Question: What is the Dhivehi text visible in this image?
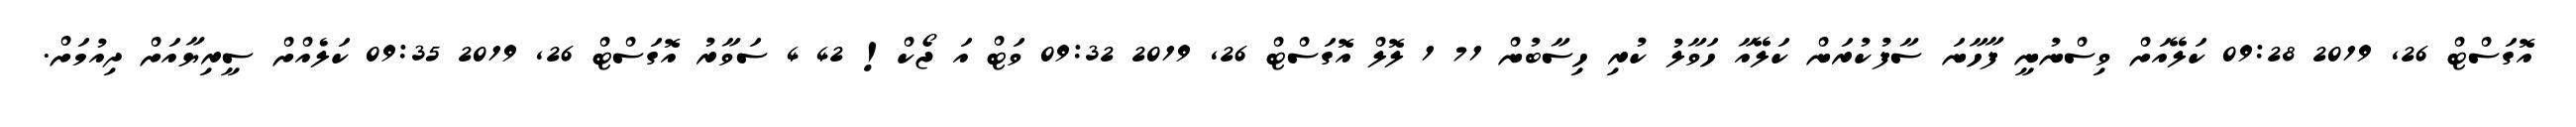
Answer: އޮގަސްޓް 26, 2019 09:28 ކަލޭއަށް ވިސްނުނީ ފާހާނަ ސާފުކުރަން ކަލޭއާ ހަވާލު ކުރި ހިސާބުން 71 1 ލޮލް އޮގަސްޓް 26, 2019 09:32 ވަޓް އަ ޖޯކް! 42 4 ސަވާރު އޮގަސްޓް 26, 2019 09:35 ކަލެއްށް ސީރިޔާއަށް ދިއުމަށް.